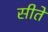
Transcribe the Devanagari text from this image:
सीते